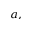
^ { a , }